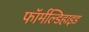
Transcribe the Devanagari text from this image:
फॉर्मल्डिहाइड